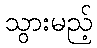
သွားမည့်